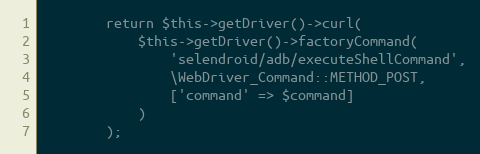
Language: PHP
        return $this->getDriver()->curl(
            $this->getDriver()->factoryCommand(
                'selendroid/adb/executeShellCommand',
                \WebDriver_Command::METHOD_POST,
                ['command' => $command]
            )
        );